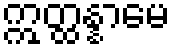
ဣတ္ထန္နာမေ